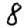
Digit: 8